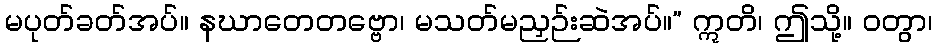
မပုတ်ခတ်အပ်။ နဃာတေတဗ္ဗော၊ မသတ်မညှဉ်းဆဲအပ်။” ဣတိ၊ ဤသို့။ ဝတွာ၊